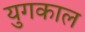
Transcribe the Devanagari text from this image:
युगकाल